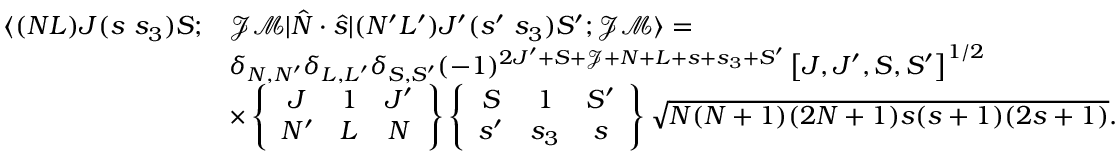
\begin{array} { r l } { \langle ( N L ) J ( s ~ s _ { 3 } ) S ; } & { \mathcal { J } \mathcal { M } | \hat { N } \cdot \hat { s } | ( N ^ { \prime } L ^ { \prime } ) J ^ { \prime } ( s ^ { \prime } ~ s _ { 3 } ) S ^ { \prime } ; \mathcal { J } \mathcal { M } \rangle = } \\ & { \delta _ { N , N ^ { \prime } } \delta _ { L , L ^ { \prime } } \delta _ { S , S ^ { \prime } } ( - 1 ) ^ { 2 J ^ { \prime } + S + \mathcal { J } + N + L + s + s _ { 3 } + S ^ { \prime } } \left[ J , J ^ { \prime } , S , S ^ { \prime } \right] ^ { 1 / 2 } } \\ & { \times \left\{ \begin{array} { c c c } { J } & { 1 } & { J ^ { \prime } } \\ { N ^ { \prime } } & { L } & { N } \end{array} \right\} \left\{ \begin{array} { c c c } { S } & { 1 } & { S ^ { \prime } } \\ { s ^ { \prime } } & { s _ { 3 } } & { s } \end{array} \right\} \sqrt { N ( N + 1 ) ( 2 N + 1 ) s ( s + 1 ) ( 2 s + 1 ) } . } \end{array}